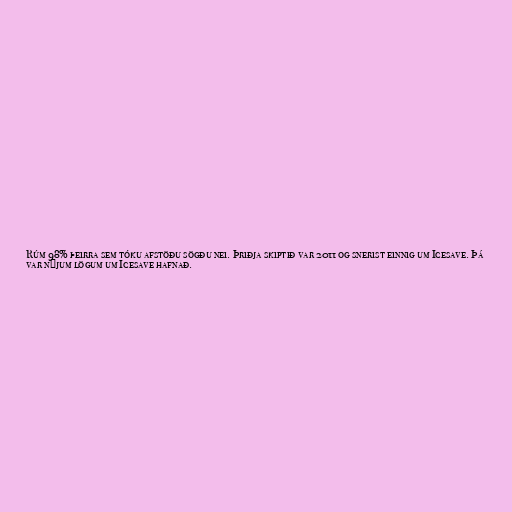
Rúm 98% þeirra sem tóku afstöðu sögðu nei. Þriðja skiptið var 2011 og snerist einnig um Icesave. Þá
var nýjum lögum um Icesave hafnað.